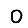
Digit: 0